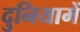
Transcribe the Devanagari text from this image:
दुनियामें